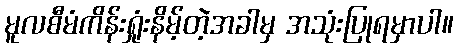
မူလစီမံကိန်းရှုံးနိမ့်တဲ့အခါမှ အသုံးပြုရမှာပါ။